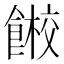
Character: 𱃭